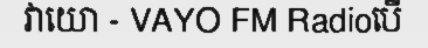
វាយោ - VAYO FM Radioបើ